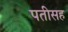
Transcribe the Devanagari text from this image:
पतीसह